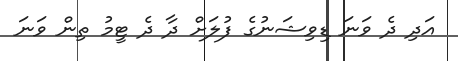
އަދި ދެ ވަނަ ޑިވިޝަނުގެ ފުލަށް ދާ ދެ ޓީމު ތިން ވަނަ